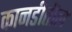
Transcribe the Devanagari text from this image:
कानडीतील